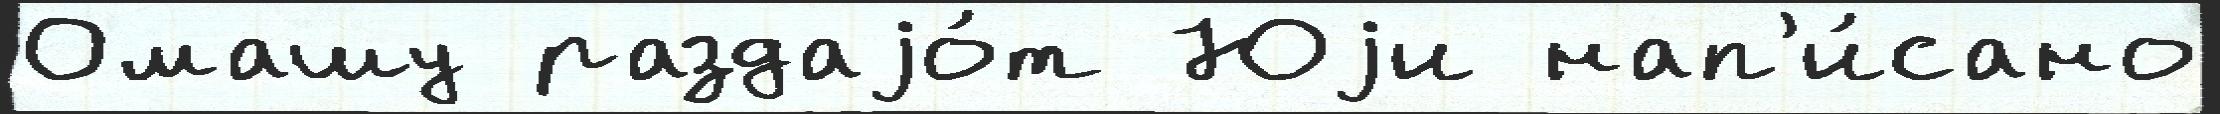
Омашу раздаjо́т Юjи нап'и́сано